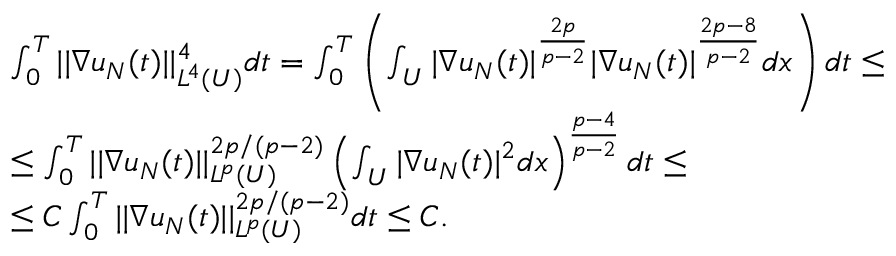
\begin{array} { r l } & { \int _ { 0 } ^ { T } | | \nabla u _ { N } ( t ) | | _ { L ^ { 4 } ( U ) } ^ { 4 } d t = \int _ { 0 } ^ { T } \left( \int _ { U } | \nabla u _ { N } ( t ) | ^ { \frac { 2 p } { p - 2 } } | \nabla u _ { N } ( t ) | ^ { \frac { 2 p - 8 } { p - 2 } } d x \right) d t \leq } \\ & { \leq \int _ { 0 } ^ { T } | | \nabla u _ { N } ( t ) | | _ { L ^ { p } ( U ) } ^ { 2 p / ( p - 2 ) } \left( \int _ { U } | \nabla u _ { N } ( t ) | ^ { 2 } d x \right) ^ { \frac { p - 4 } { p - 2 } } d t \leq } \\ & { \leq C \int _ { 0 } ^ { T } | | \nabla u _ { N } ( t ) | | _ { L ^ { p } ( U ) } ^ { 2 p / ( p - 2 ) } d t \leq C . } \end{array}